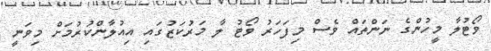
ވޯޓުލާ މީހުންގެ ނަންތައް ވެސް މިފަހަރު ވޯޓު ލާ މަރުކަޒުގައި އިއުލާންކުރުމަށް މިވަނީ